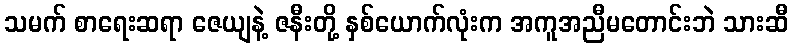
သမက် စာရေးဆရာ ဇေယျနဲ့ ဇနီးတို့ နှစ်ယောက်လုံးက အကူအညီမတောင်းဘဲ သားဆီ